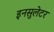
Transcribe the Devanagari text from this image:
इनसुलेटर